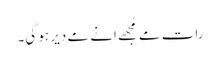
رات مے مُجھے اَنے مے دیر ہو گیِ۔